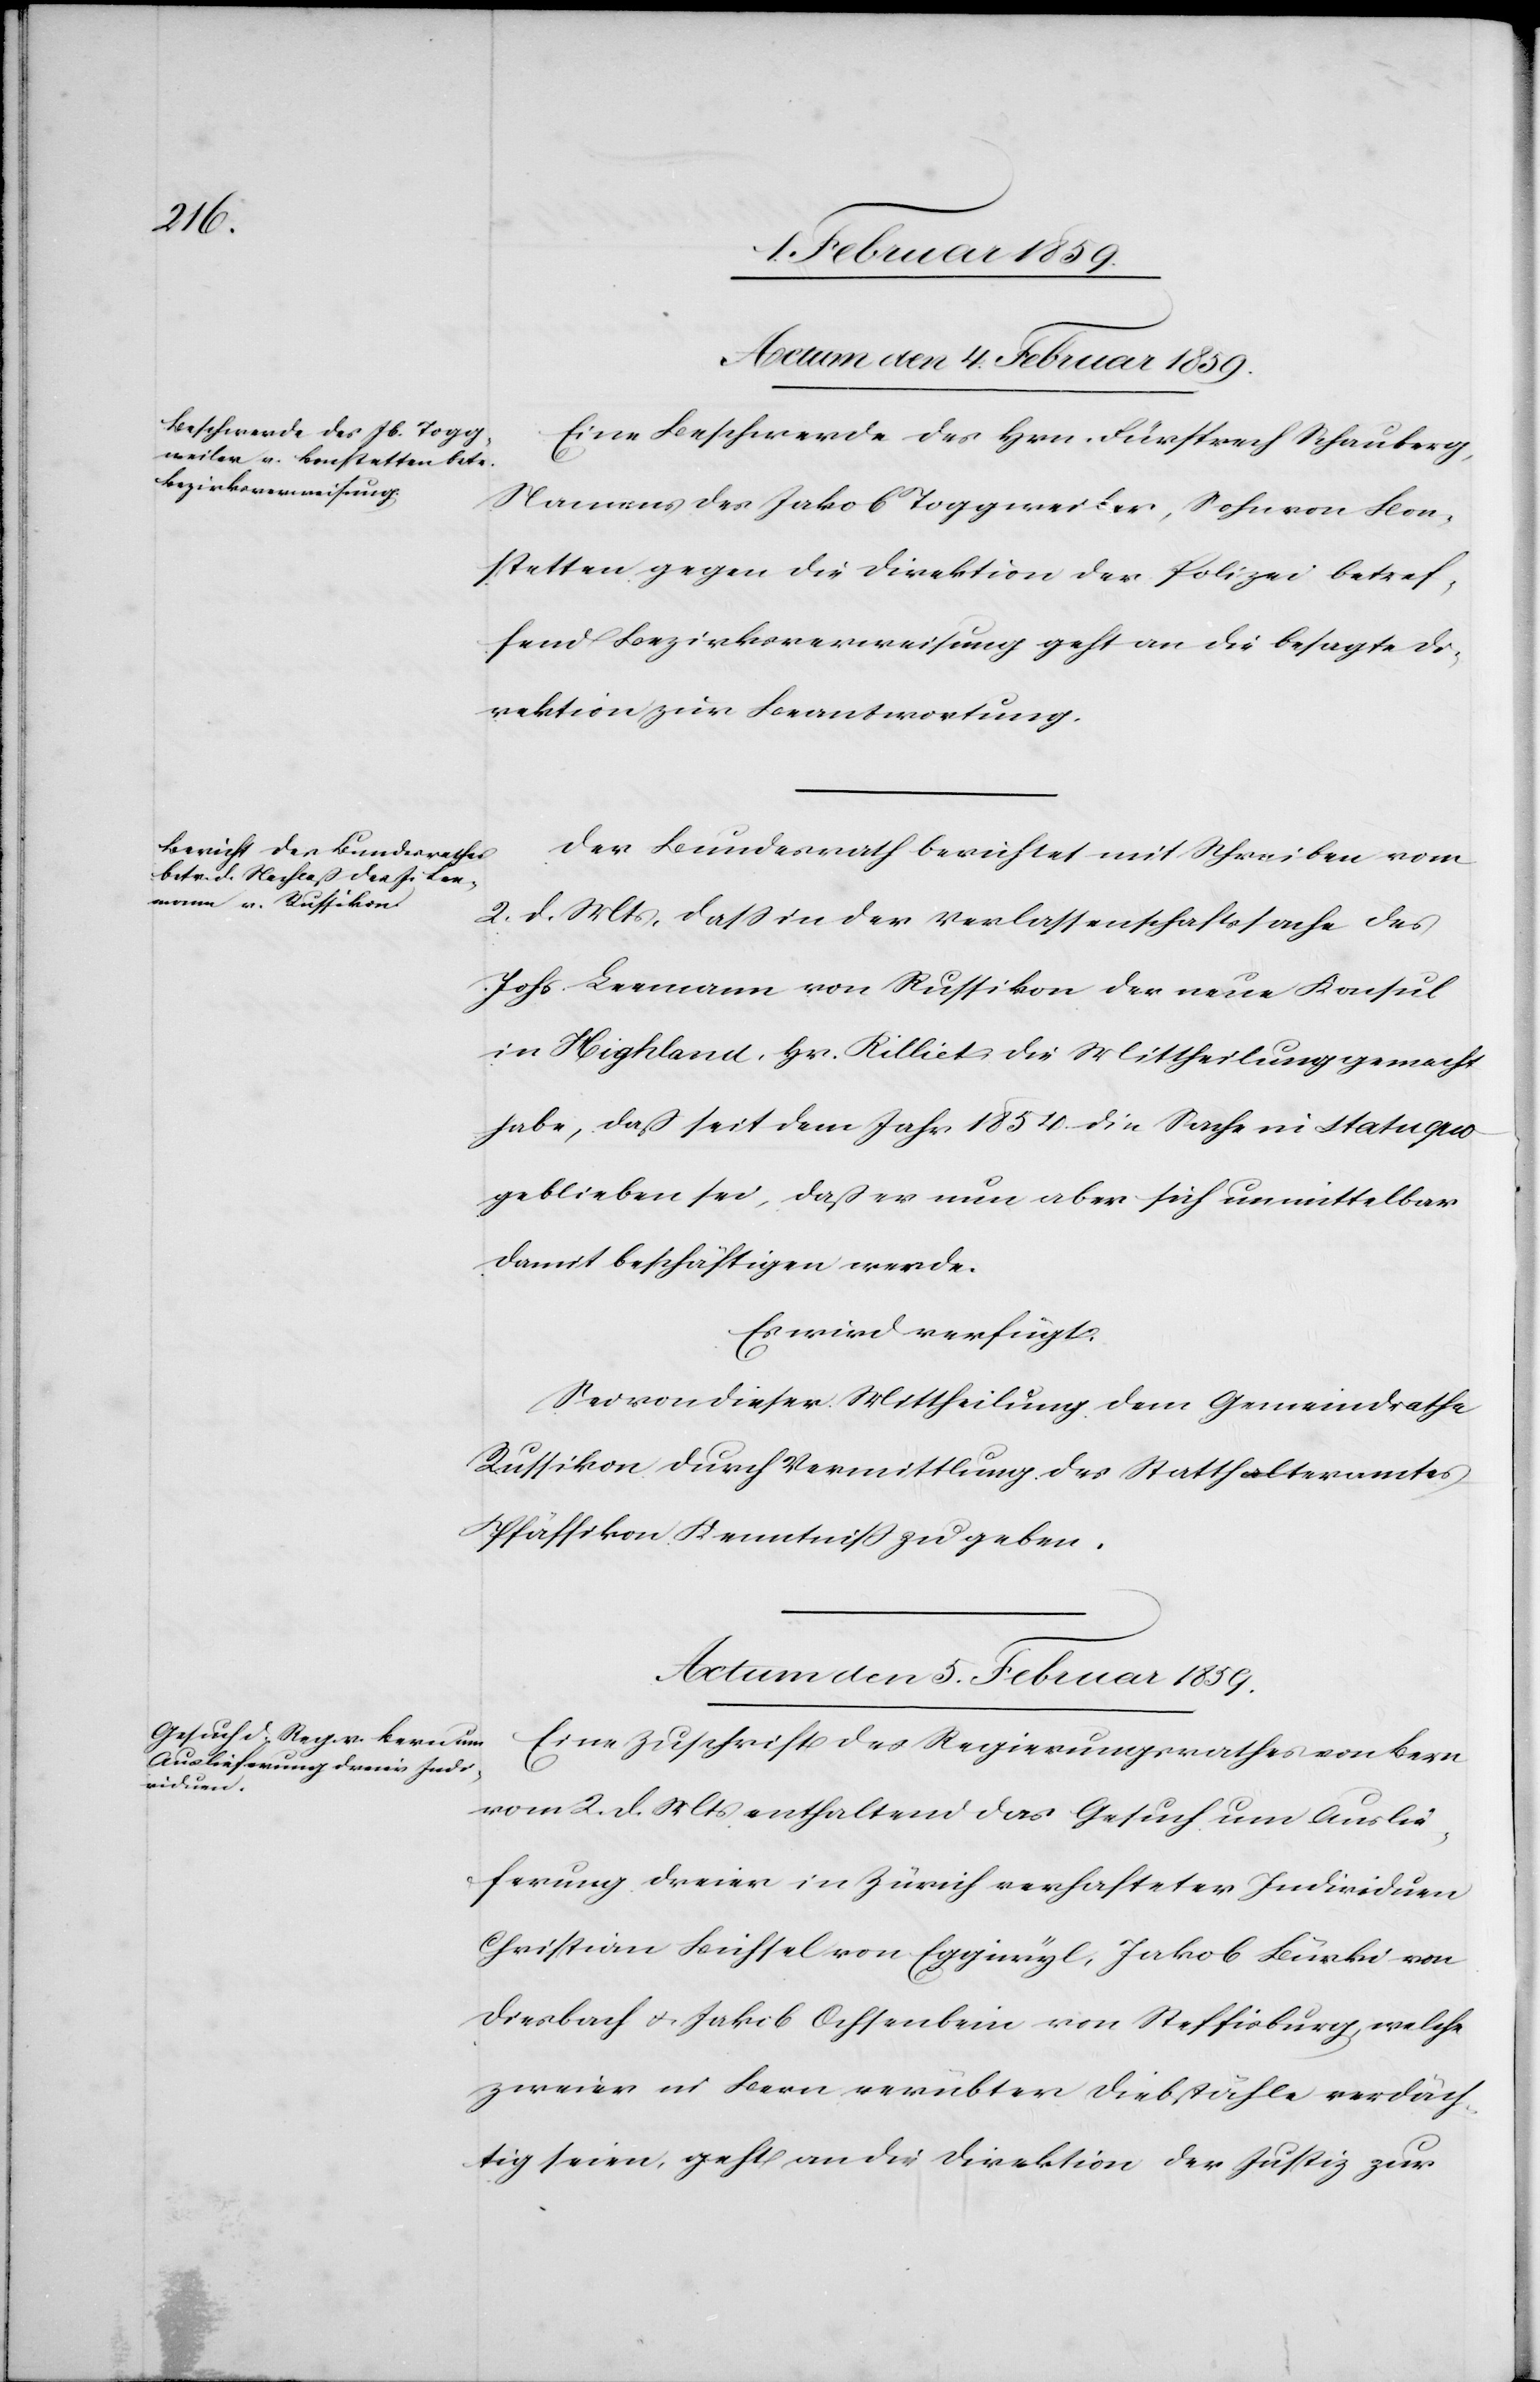
Actum den 4. Februar 1859.]
Eine Beschwerde des Hrn. Fürsprech Schauberg,
Namens des Jakob Toggweiler, Sohn von Bon¬
stetten gegen die Direktion der Polizei betref¬
fend Bezirksverweisung geht an die befugte Di¬
rektion zur Beantwortung.
Der Bundesrath berichtet mit Schreiben vom
2. d. Mts, daß in der Verlassenschaftssache des
Johs. Leemann von Russikon der neue Konsul
in Highland, Hr. Rilliet die Mittheilung gemacht
habe, daß seit dem Jahr 1854 die Sache in statu quo
geblieben sei, daß er nun aber sich unmittelbar
damit beschäftigen werde.
Es wird verfügt:
Sei von dieser Mittheilung dem Gemeindrathe
Russikon durch Vermittlung des Statthalteramtes
Pfäffikon Kenntniß zu geben.
Actum den 5. Februar 1859.
Eine Zuschrift des Regierungsrathes von Bern
vom 2. d. Mts enthaltend das Gesuch um Auslie¬
ferung dreier in Zürich verhafteter Individuen
Christian Bichtel von Eggiwyl, Jakob Bürki von
Diesbach u. Jakob Ochsenbein von Steffisburg, welche
zweier in Bern verübter Diebstähle verdäch¬
tig seien, geht an die Direktion der Justiz zur